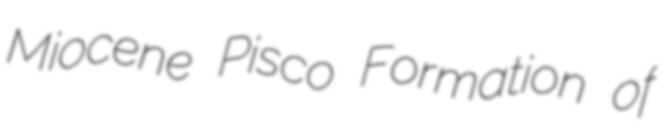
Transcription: Miocene Pisco Formation of